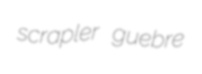
scrapler guebre